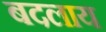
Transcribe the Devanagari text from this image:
बदलाय